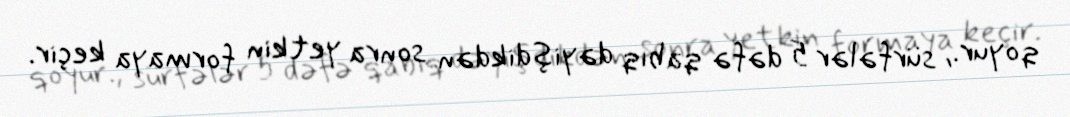
qoyur., sürfələr 5 dəfə qabıq dəyişdikdən sonra yetkin formaya keçir.